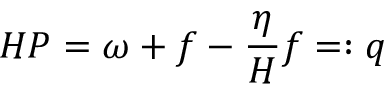
H P = \omega + f - \frac { \eta } { H } f = : q